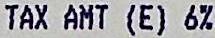
TAX AMT (E) 6%